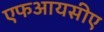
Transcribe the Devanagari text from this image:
एफआयसीए